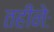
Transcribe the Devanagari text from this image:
तहीनेः